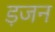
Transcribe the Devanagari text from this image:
ड़जन